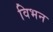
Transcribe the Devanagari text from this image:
विभन